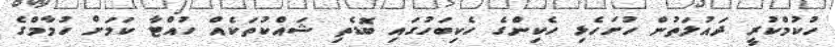
ހުކުމްކުރީ ދައުލަތުން ހުށަހެޅި ހެކިންގެ ހެކިބަހުގައި ބޮޑެތި ޝައްކުތަކެއް ހުއްޓާ ކަމަށް ހުމާމްގެ